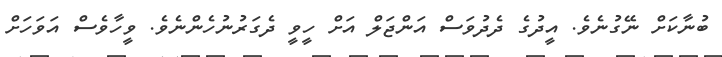
ބުނާކަށް ނޭގުނެވެ. އީދުގެ ދެދުވަސް އަންޖަލް އަށް ހީވީ ދެގަރުނުހެންނެވެ. ވީހާވެސް އަވަހަށް